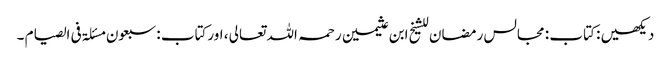
دیکھیں : کتاب : مجالس رمضان للشیخ ابن عثیمین رحمہ اللہ تعالی ، اورکتاب : سبعون مسئلۃ فی الصیام ۔